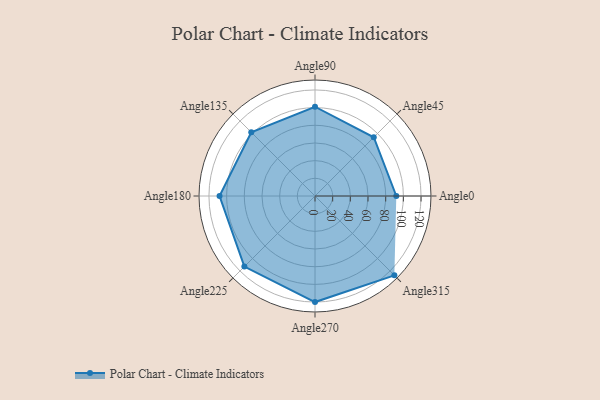
{"axis": {"x": "Angle", "y": "Radius"}, "legend": [""], "data": [{"x": "Angle0", "y": 92.0, "type": ""}, {"x": "Angle45", "y": 94.0, "type": ""}, {"x": "Angle90", "y": 101.0, "type": ""}, {"x": "Angle135", "y": 102.0, "type": ""}, {"x": "Angle180", "y": 108.0, "type": ""}, {"x": "Angle225", "y": 113.0, "type": ""}, {"x": "Angle270", "y": 120.0, "type": ""}, {"x": "Angle315", "y": 127.0, "type": ""}]}